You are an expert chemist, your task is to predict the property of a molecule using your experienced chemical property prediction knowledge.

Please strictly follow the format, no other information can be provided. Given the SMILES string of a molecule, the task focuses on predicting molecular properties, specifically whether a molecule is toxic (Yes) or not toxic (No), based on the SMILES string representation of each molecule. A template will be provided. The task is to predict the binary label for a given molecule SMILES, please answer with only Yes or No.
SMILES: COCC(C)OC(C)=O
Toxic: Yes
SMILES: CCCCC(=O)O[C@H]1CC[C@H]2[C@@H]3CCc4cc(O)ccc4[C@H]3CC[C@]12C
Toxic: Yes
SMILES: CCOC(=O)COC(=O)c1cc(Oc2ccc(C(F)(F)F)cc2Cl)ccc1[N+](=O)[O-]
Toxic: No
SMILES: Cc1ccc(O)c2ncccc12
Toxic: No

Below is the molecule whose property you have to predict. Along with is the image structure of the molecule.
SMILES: CC(C)(O)c1cnn2c(-c3ccc(F)c(-c4c(F)cccc4C#N)c3)cnc2n1
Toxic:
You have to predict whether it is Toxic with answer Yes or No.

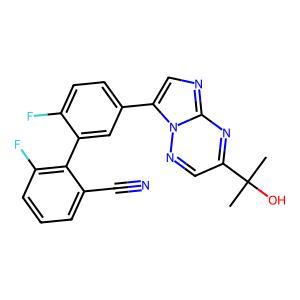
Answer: No